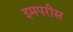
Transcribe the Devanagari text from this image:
इमपरीस